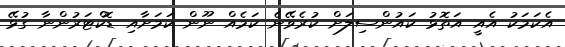
އެކަމަކު އެއީ އަތޮޅު ކައުންސިލަށް ކުރެވޭނެ ކަމެއް ނޫން ކަމަށާއި ޑޮކްޓަރުންނާ ގުޅޭ